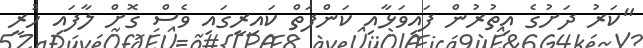
"ކަރު ދަށުގެ އިތުރުން ފައިވަޅާއި ކަންފަތް ކައިރީގައި ވެސް ގޮށް ލާފައި ހުރީ